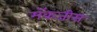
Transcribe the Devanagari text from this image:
मॅकजीस